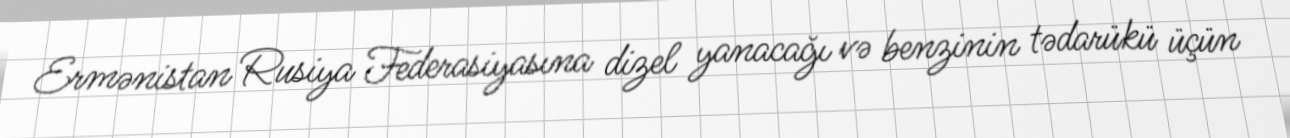
Ermənistan Rusiya Federasiyasına dizel yanacağı və benzinin tədarükü üçün